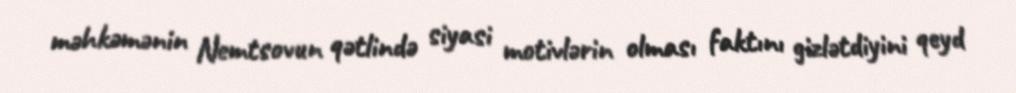
məhkəmənin Nemtsovun qətlində siyasi motivlərin olması faktını gizlətdiyini qeyd